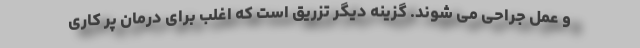
و عمل جراحی می شوند. گزینه دیگر تزریق است که اغلب برای درمان پر کاری